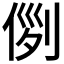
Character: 𠊖